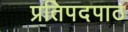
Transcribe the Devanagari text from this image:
प्रतिपदपाठ